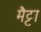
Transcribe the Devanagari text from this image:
मैट्टा